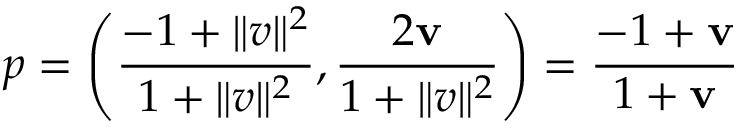
p = \left( { \frac { - 1 + \| v \| ^ { 2 } } { 1 + \| v \| ^ { 2 } } } , { \frac { 2 \mathbf { v } } { 1 + \| v \| ^ { 2 } } } \right) = { \frac { - 1 + \mathbf { v } } { 1 + \mathbf { v } } }